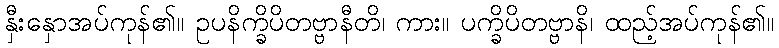
နှီးနှောအပ်ကုန်၏။ ဥပနိက္ခိပိတဗ္ဗာနီတိ၊ ကား။ ပက္ခိပိတဗ္ဗာနိ၊ ထည့်အပ်ကုန်၏။